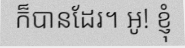
ក៏បានដែរ។ អូ! ខ្ញុំ